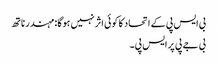
بی ایس پی کے اتحاد کا کوئی اثر نہیں ہوگا: مہندر ناتھ
بی جے پی پر ایس پی۔